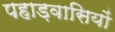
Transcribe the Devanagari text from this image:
पहाड़वासियों